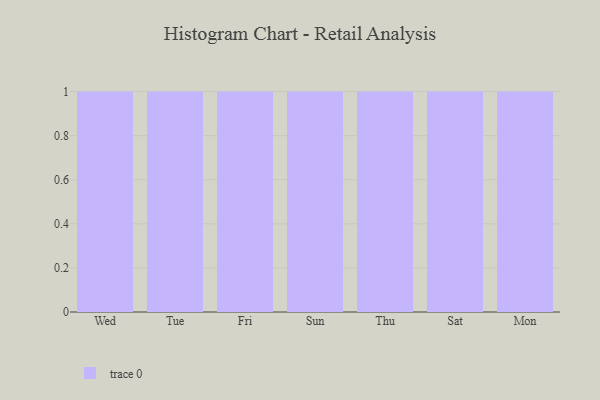
{"axis": {"x": "Day", "y": "Page Views"}, "legend": [""], "data": [{"x": "Wed", "y": 99, "type": ""}, {"x": "Tue", "y": 96, "type": ""}, {"x": "Fri", "y": 77, "type": ""}, {"x": "Sun", "y": 74, "type": ""}, {"x": "Thu", "y": 63, "type": ""}, {"x": "Sat", "y": 63, "type": ""}, {"x": "Mon", "y": 13, "type": ""}]}